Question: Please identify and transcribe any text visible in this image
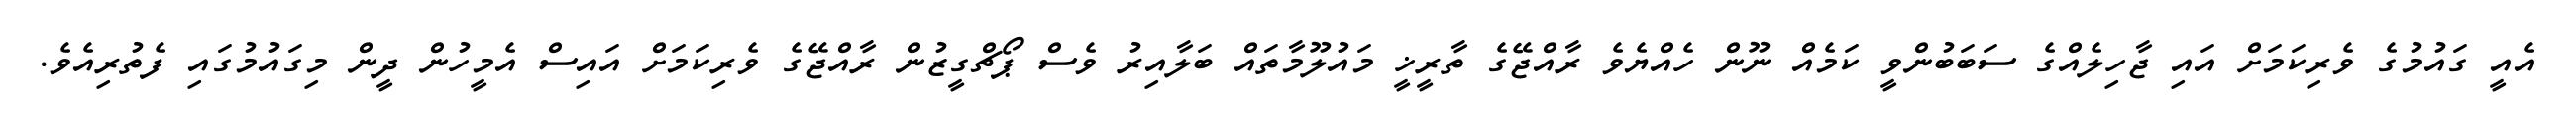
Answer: އެއީ ގައުމުގެ ވެރިކަމަށް އައި ޖާހިލެއްގެ ސަބަބުންވީ ކަމެއް ނޫން ހެއްޔެވެ ރާއްޖޭގެ ތާރީޚީ މައުލޫމާތައް ބަލާއިރު ވެސް ޕޯޗްގީޒުން ރާއްޖޭގެ ވެރިކަމަށް އައިސް އެމީހުން ދީން މިގައުމުގައި ފެތުރިއެވެ.